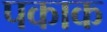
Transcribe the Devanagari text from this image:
पकाक